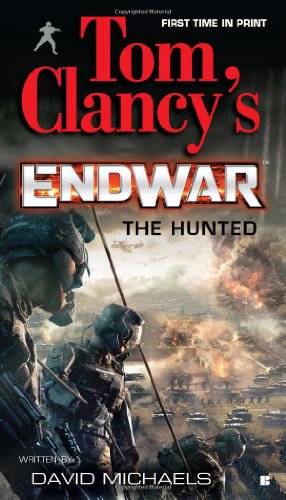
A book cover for The Hunted (Tom Clancy's Endwar #2); David Michaels; Literature & Fiction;